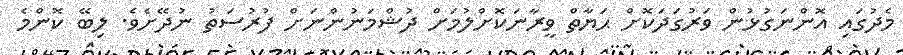
މެދުގައި އޮންނަގުޅުން ވަރުގަދަކޮށް ޙަޔާތް ވީރާނަކޮށްލުމަށް ދުޝްމަނުންނަށް ފުރުސަތު ނުދޭށެވެ. ލިބޭ ކޮންމެ